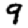
Digit: 9